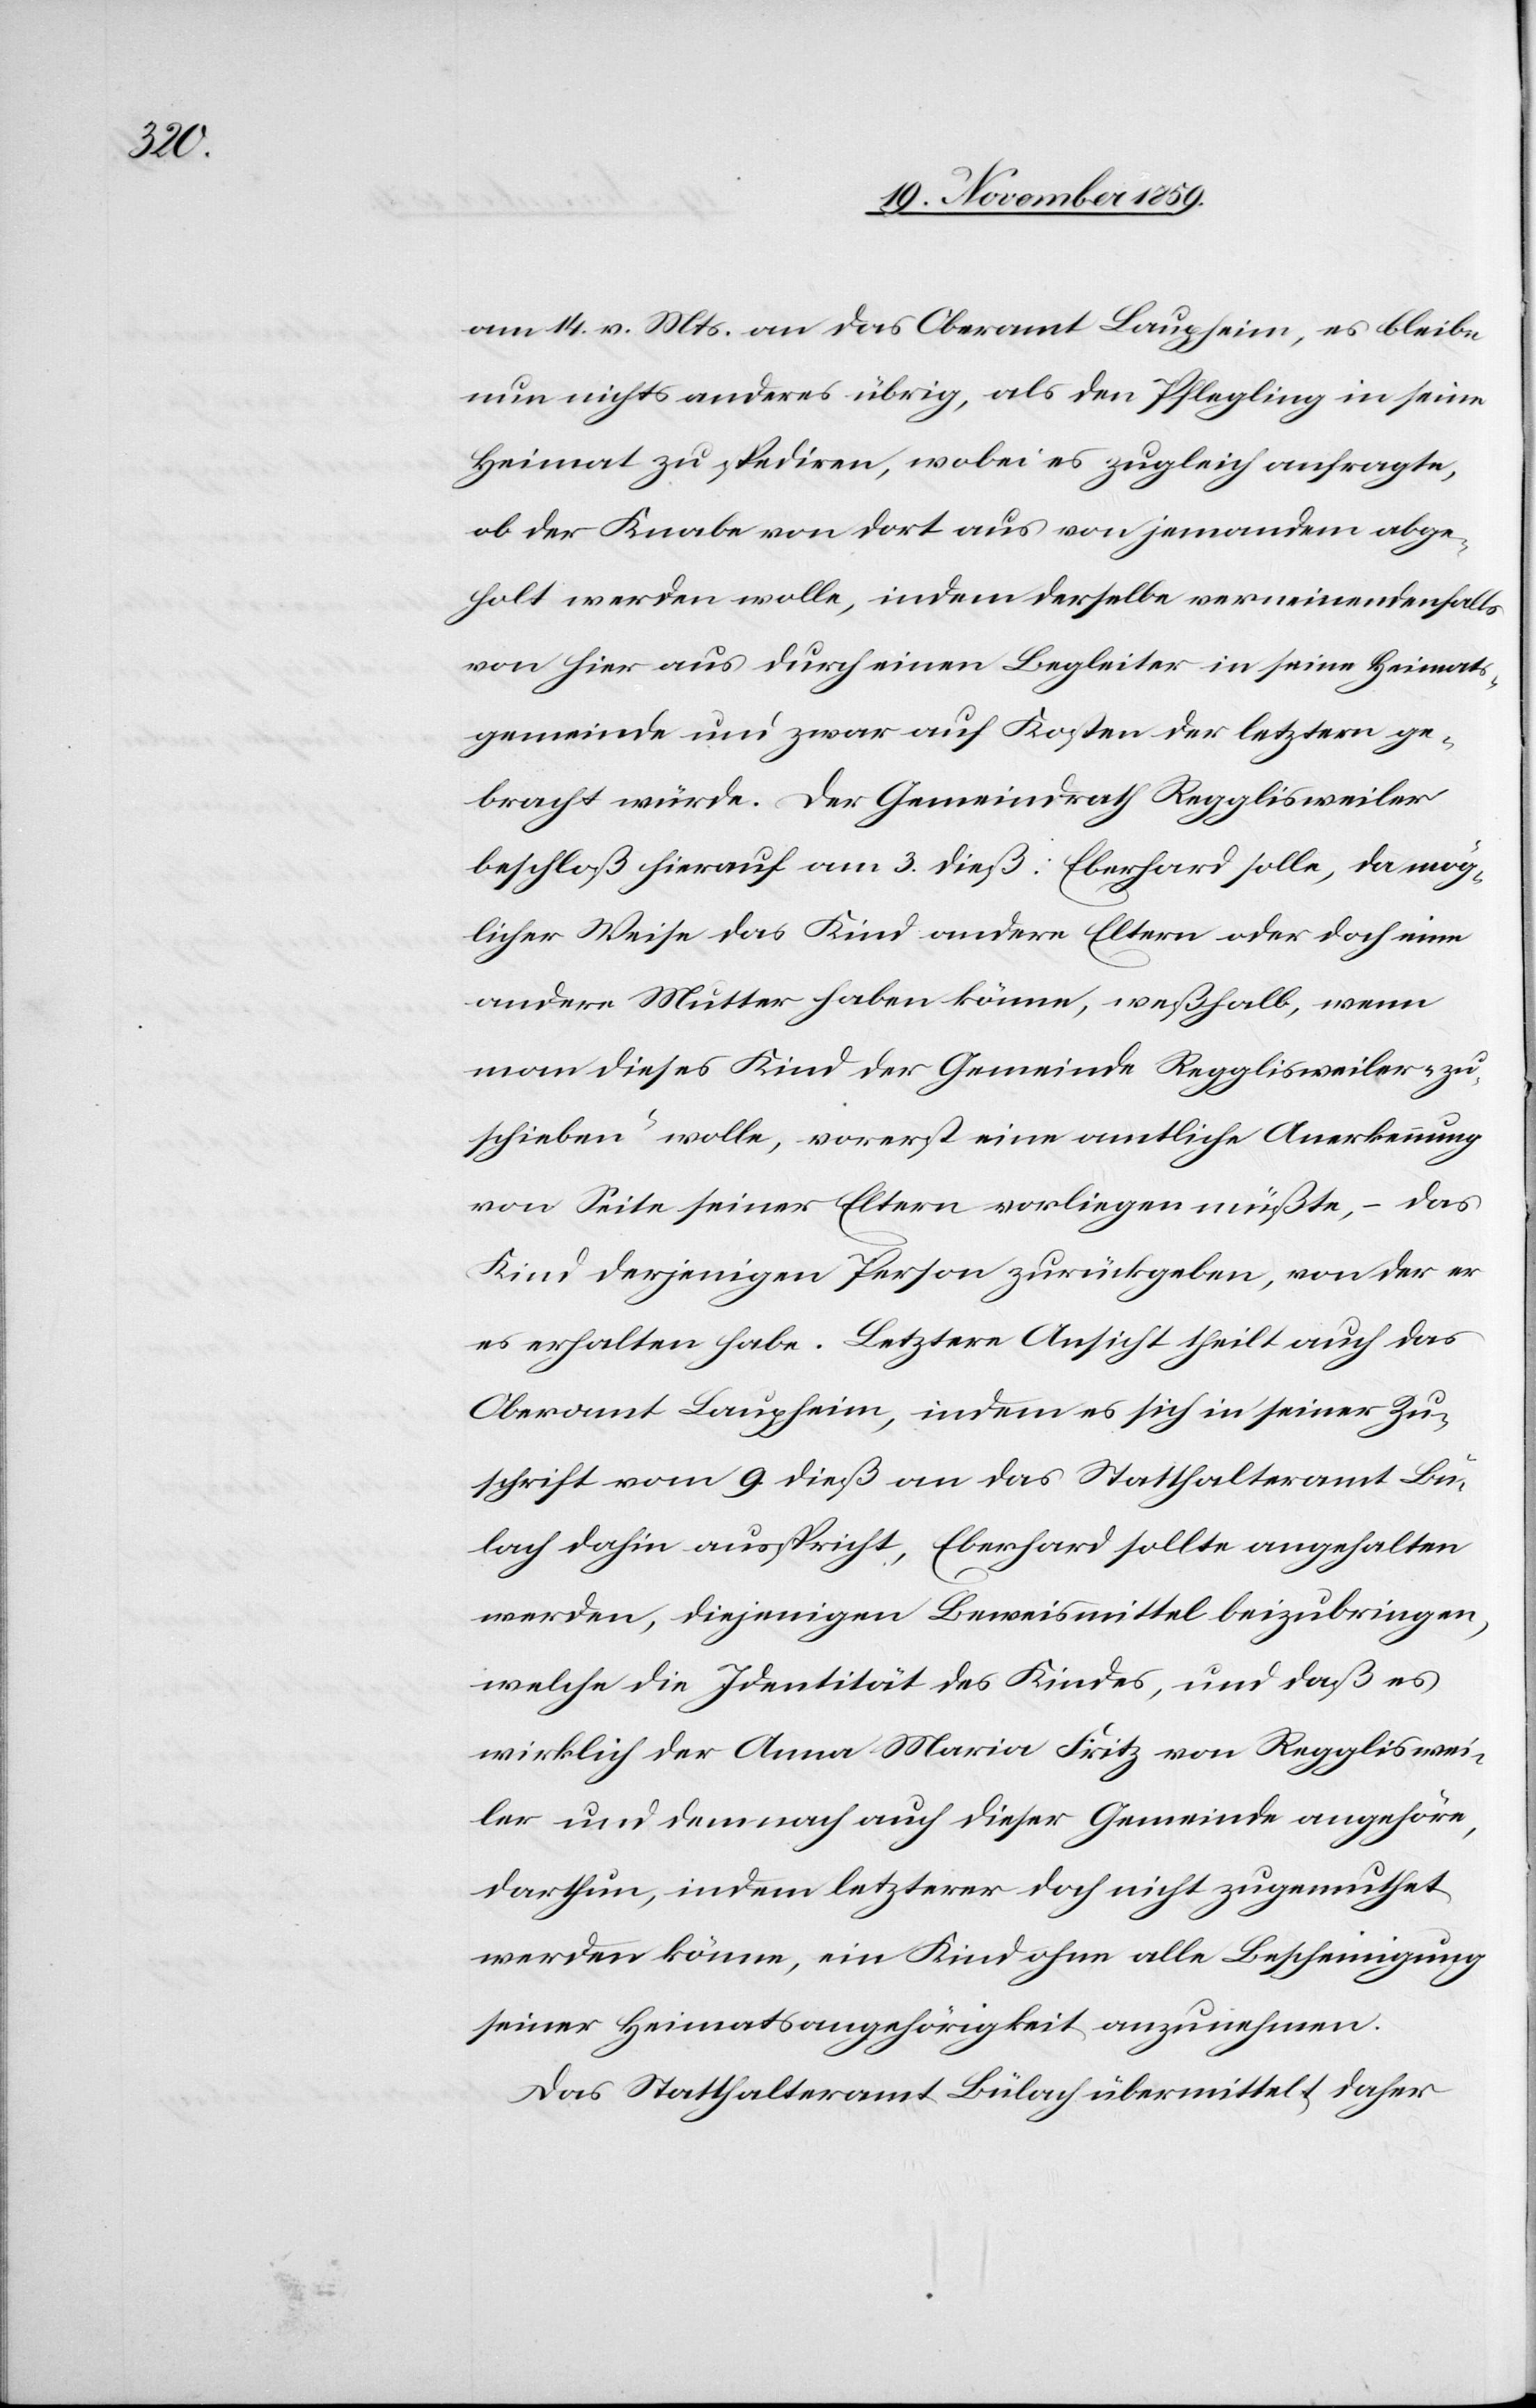
am 14. v. Mts. an das Oberamt Laupheim, es bleibe
nun nichts anderes übrig, als den Pflegling in seine
Heimat zu spediren, wobei es zugleich anfragte,
ob der Knabe von dort aus von jemandem abge¬
holt werden wolle, indem derselbe verneinendenfalls
von hier aus durch einen Begleiter in seine Heimats¬
gemeinde und zwar auf Kosten der letztern ge¬
bracht würde. Der Gemeindrath Regglisweiler
beschloß hierauf am 3. dieß: Eberhard solle, da mög¬
licher Weise das Kind andere Eltern oder doch eine
andere Mutter haben könne, weßhalb, wenn
man dieses Kind der Gemeinde Regglisweiler „zu¬
schieben“ wolle, vorerst eine amtliche Anerkennung
von Seite seiner Eltern vorliegen müßte, – das
Kind derjenigen Person zurückgeben, von der er
es erhalten habe. Letztere Ansicht theilt auch das
Oberamt Laupheim, indem es sich in seiner Zu¬
schrift vom 9. dieß an das Statthalteramt Bü¬
lach dahin ausspricht, Eberhard sollte angehalten
werden, diejenigen Beweismittel beizubringen,
welche die Identität des Kindes, und daß es
wirklich der Anna Maria Fritz von Reggliswei¬
ler und demnach auch dieser Gemeinde angehöre,
darthun, indem letzterer doch nicht zugemuthet
werden könne, ein Kind ohne alle Bescheinigung
seiner Heimatsangehörigkeit anzunehmen.
Das Statthalteramt Bülach übermittelt daher